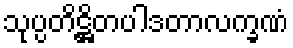
သုပ္ပတိဋ္ဌိတပါဒတာလက္ခဏံ